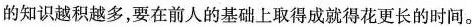
的知识越积越多，要在前人的基础上取得成就得花更长的时间。